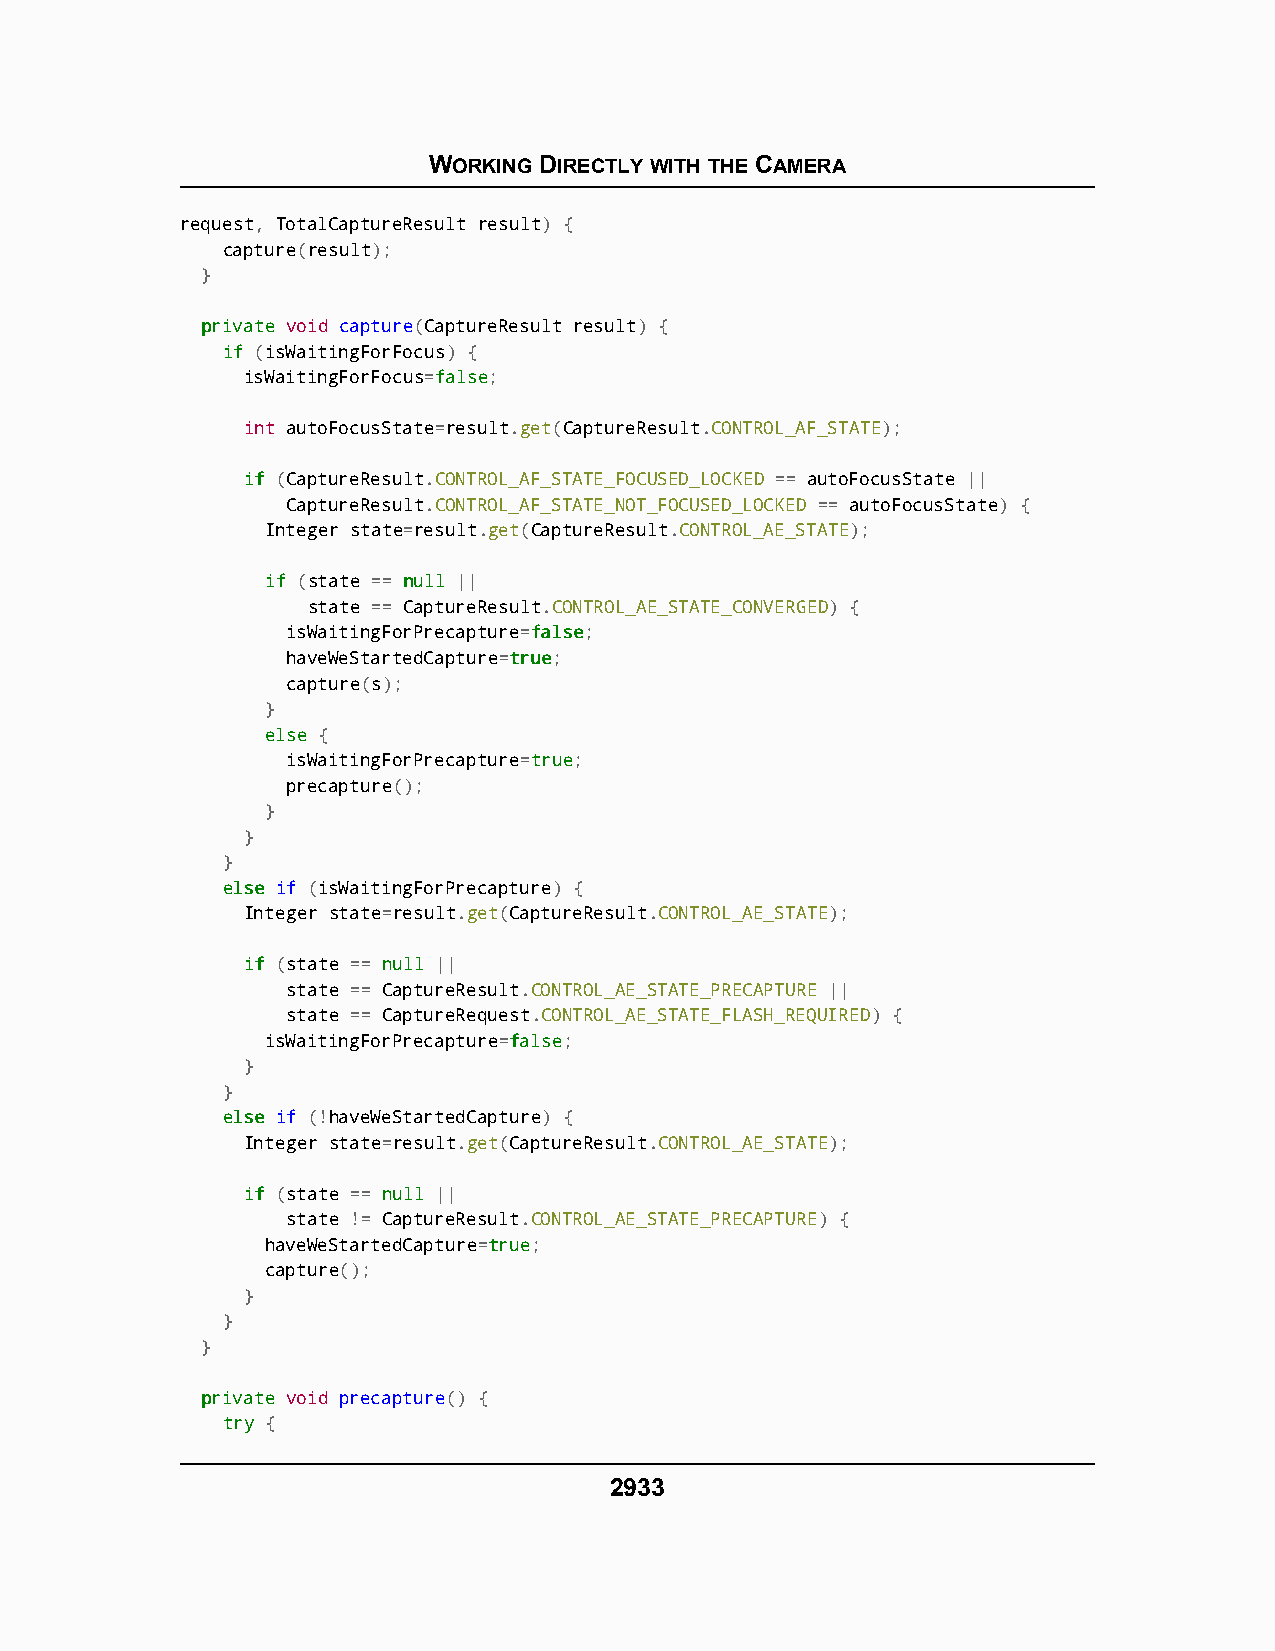
WORKING DIRECTLY WITH THE CAMERA
 request, TotalCaptureResult result) {
 capture(result);
 }
 pprriivvaattee void capture(CaptureResult result) {
 iiff (isWaitingForFocus) {
 isWaitingForFocus=ffaallssee;
 int autoFocusState=result.get(CaptureResult.CONTROL_AF_STATE);
 iiff (CaptureResult.CONTROL_AF_STATE_FOCUSED_LOCKED == autoFocusState ||
 CaptureResult.CONTROL_AF_STATE_NOT_FOCUSED_LOCKED == autoFocusState) {
 Integer state=result.get(CaptureResult.CONTROL_AE_STATE);
 iiff (state == nnuullll ||
 state == CaptureResult.CONTROL_AE_STATE_CONVERGED) {
 isWaitingForPrecapture=ffaallssee;
 haveWeStartedCapture=ttrruuee;
 capture(s);
 }
 eellssee {
 isWaitingForPrecapture=ttrruuee;
 precapture();
 }
 }
 }
 eellssee if (isWaitingForPrecapture) {
 Integer state=result.get(CaptureResult.CONTROL_AE_STATE);
 iiff (state == nnuullll ||
 state == CaptureResult.CONTROL_AE_STATE_PRECAPTURE ||
 state == CaptureRequest.CONTROL_AE_STATE_FLASH_REQUIRED) {
 isWaitingForPrecapture=ffaallssee;
 }
 }
 eellssee if (!haveWeStartedCapture) {
 Integer state=result.get(CaptureResult.CONTROL_AE_STATE);
 iiff (state == nnuullll ||
 state != CaptureResult.CONTROL_AE_STATE_PRECAPTURE) {
 haveWeStartedCapture=ttrruuee;
 capture();
 }
 }
 }
 pprriivvaattee void precapture() {
 ttrryy {
 2933